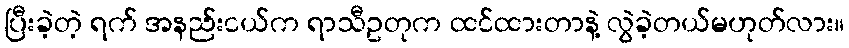
ပြီးခဲ့တဲ့ ရက် အနည်းငယ်က ရာသီဥတုက ထင်ထားတာနဲ့ လွဲခဲ့တယ်မဟုတ်လား။